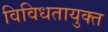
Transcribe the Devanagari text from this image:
विविधतायुक्त